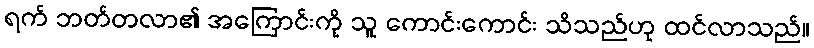
ရက် ဘတ်တလာ၏ အကြောင်းကို သူ ကောင်းကောင်း သိသည်ဟု ထင်လာသည်။